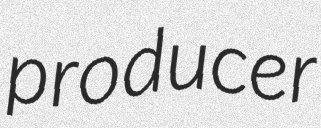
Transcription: producer